Civil Veterinary Department Bihar & Orissa reports 1922-29 - 1922-1929
Year: 1922
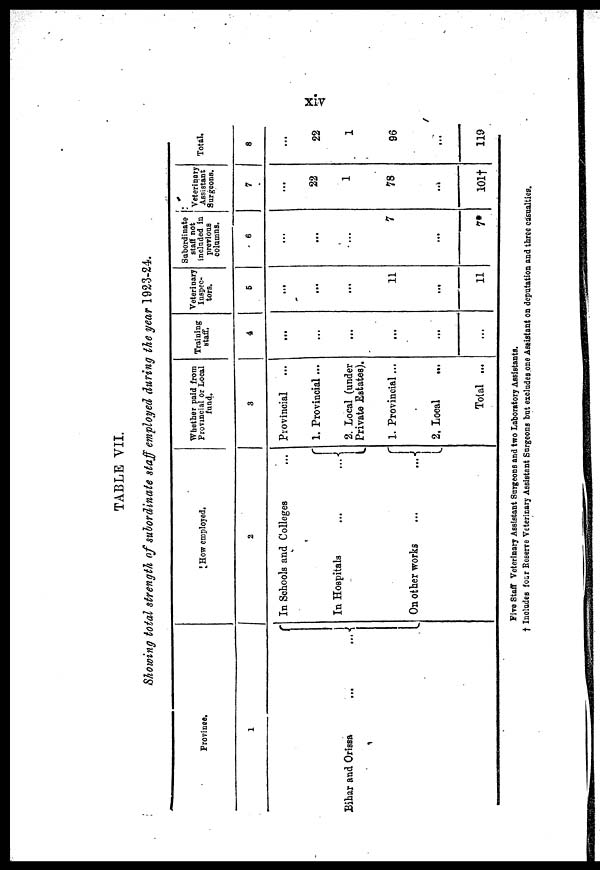
TABLE VII.
Showing total strength of subordinate staff employed during the year 1923-24.
Province.
1
;'
Bihar and Orissa
...
...
How employed.
2
In Schools and Colleges
In Hospitals
...
...
On other works
...
...-
Whether paid from
Provincial or Local
fund.
3
Provincial
1. Provincial ...
2. Local (under
Private Estates).
1. Provincial...
2. Local
...
Total ...
Training
staff.
4
...
...
...
...
...
Veterinary
Inspec-
tors.
6
...
...
...
11
...
11
Subordinate
staff not
included in
previous
columns.
6
...
...
7
...
7*
Veterinary
Assistant
Surgeons.
7
...
22
1
78
...
101†
Total.
8
...
22
1
96
...
119
Five Staff Veterinary Assistant Surgeons and two Laboratory Assistants.
† Includes four Reserve Veterinary Assistant Surgeons but excludes one Assistant on deputation and three casualties.